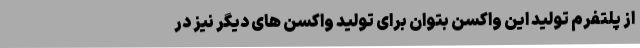
از پلتفرم تولید این واکسن بتوان برای تولید واکسن های دیگر نیز در